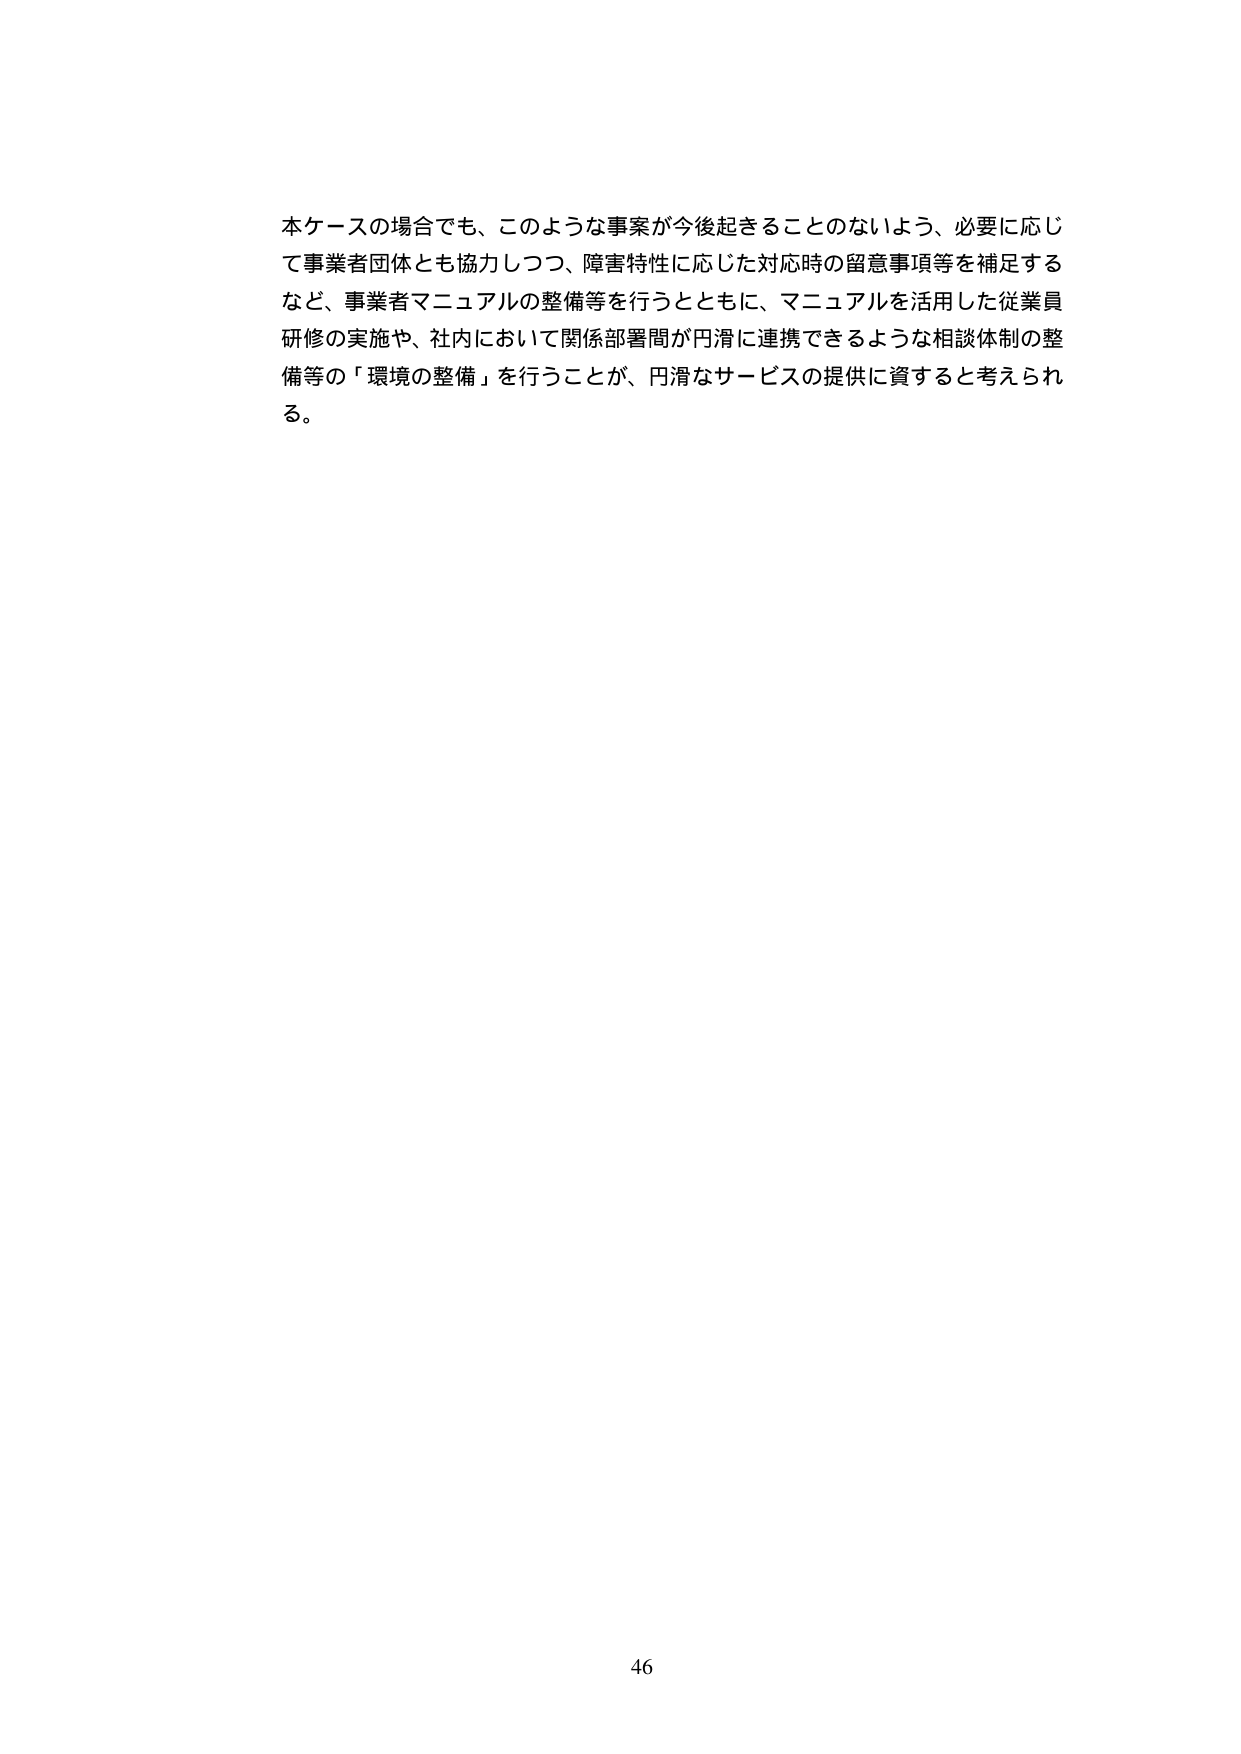
本ケースの場合でも、このような事案が今後起きることのないよう、必要に応じて事業者団体とも協力しつつ、障害特性に応じた対応時の留意事項等を補足するなど、事業者マニュアルの整備等を行うとともに、マニュアルを活用した従業員研修の実施や、社内において関係部署間が円滑に連携できるような相談体制の整備等の「環境の整備」を行うことが、円滑なサービスの提供に資すると考えられる。

46